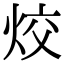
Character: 烄